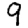
Digit: 9